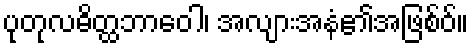
ပုတုလဓိတ္ထဘာဝေါ၊ အလျားအနံ၏အဖြစ်ဝ်။